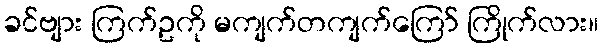
ခင်ဗျား ကြက်ဥကို မကျက်တကျက်ကြော် ကြိုက်လား။